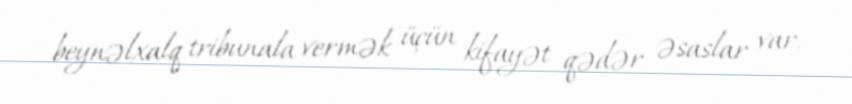
beynəlxalq tribunala vermək üçün kifayət qədər əsaslar var.